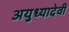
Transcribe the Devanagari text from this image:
अयुध्यादेवी